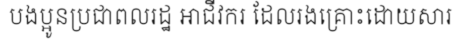
បងប្អូនប្រជាពលរដ្ឋ អាជីវករ ដែលរងគ្រោះដោយសារ